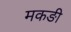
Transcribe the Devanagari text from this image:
मकङी